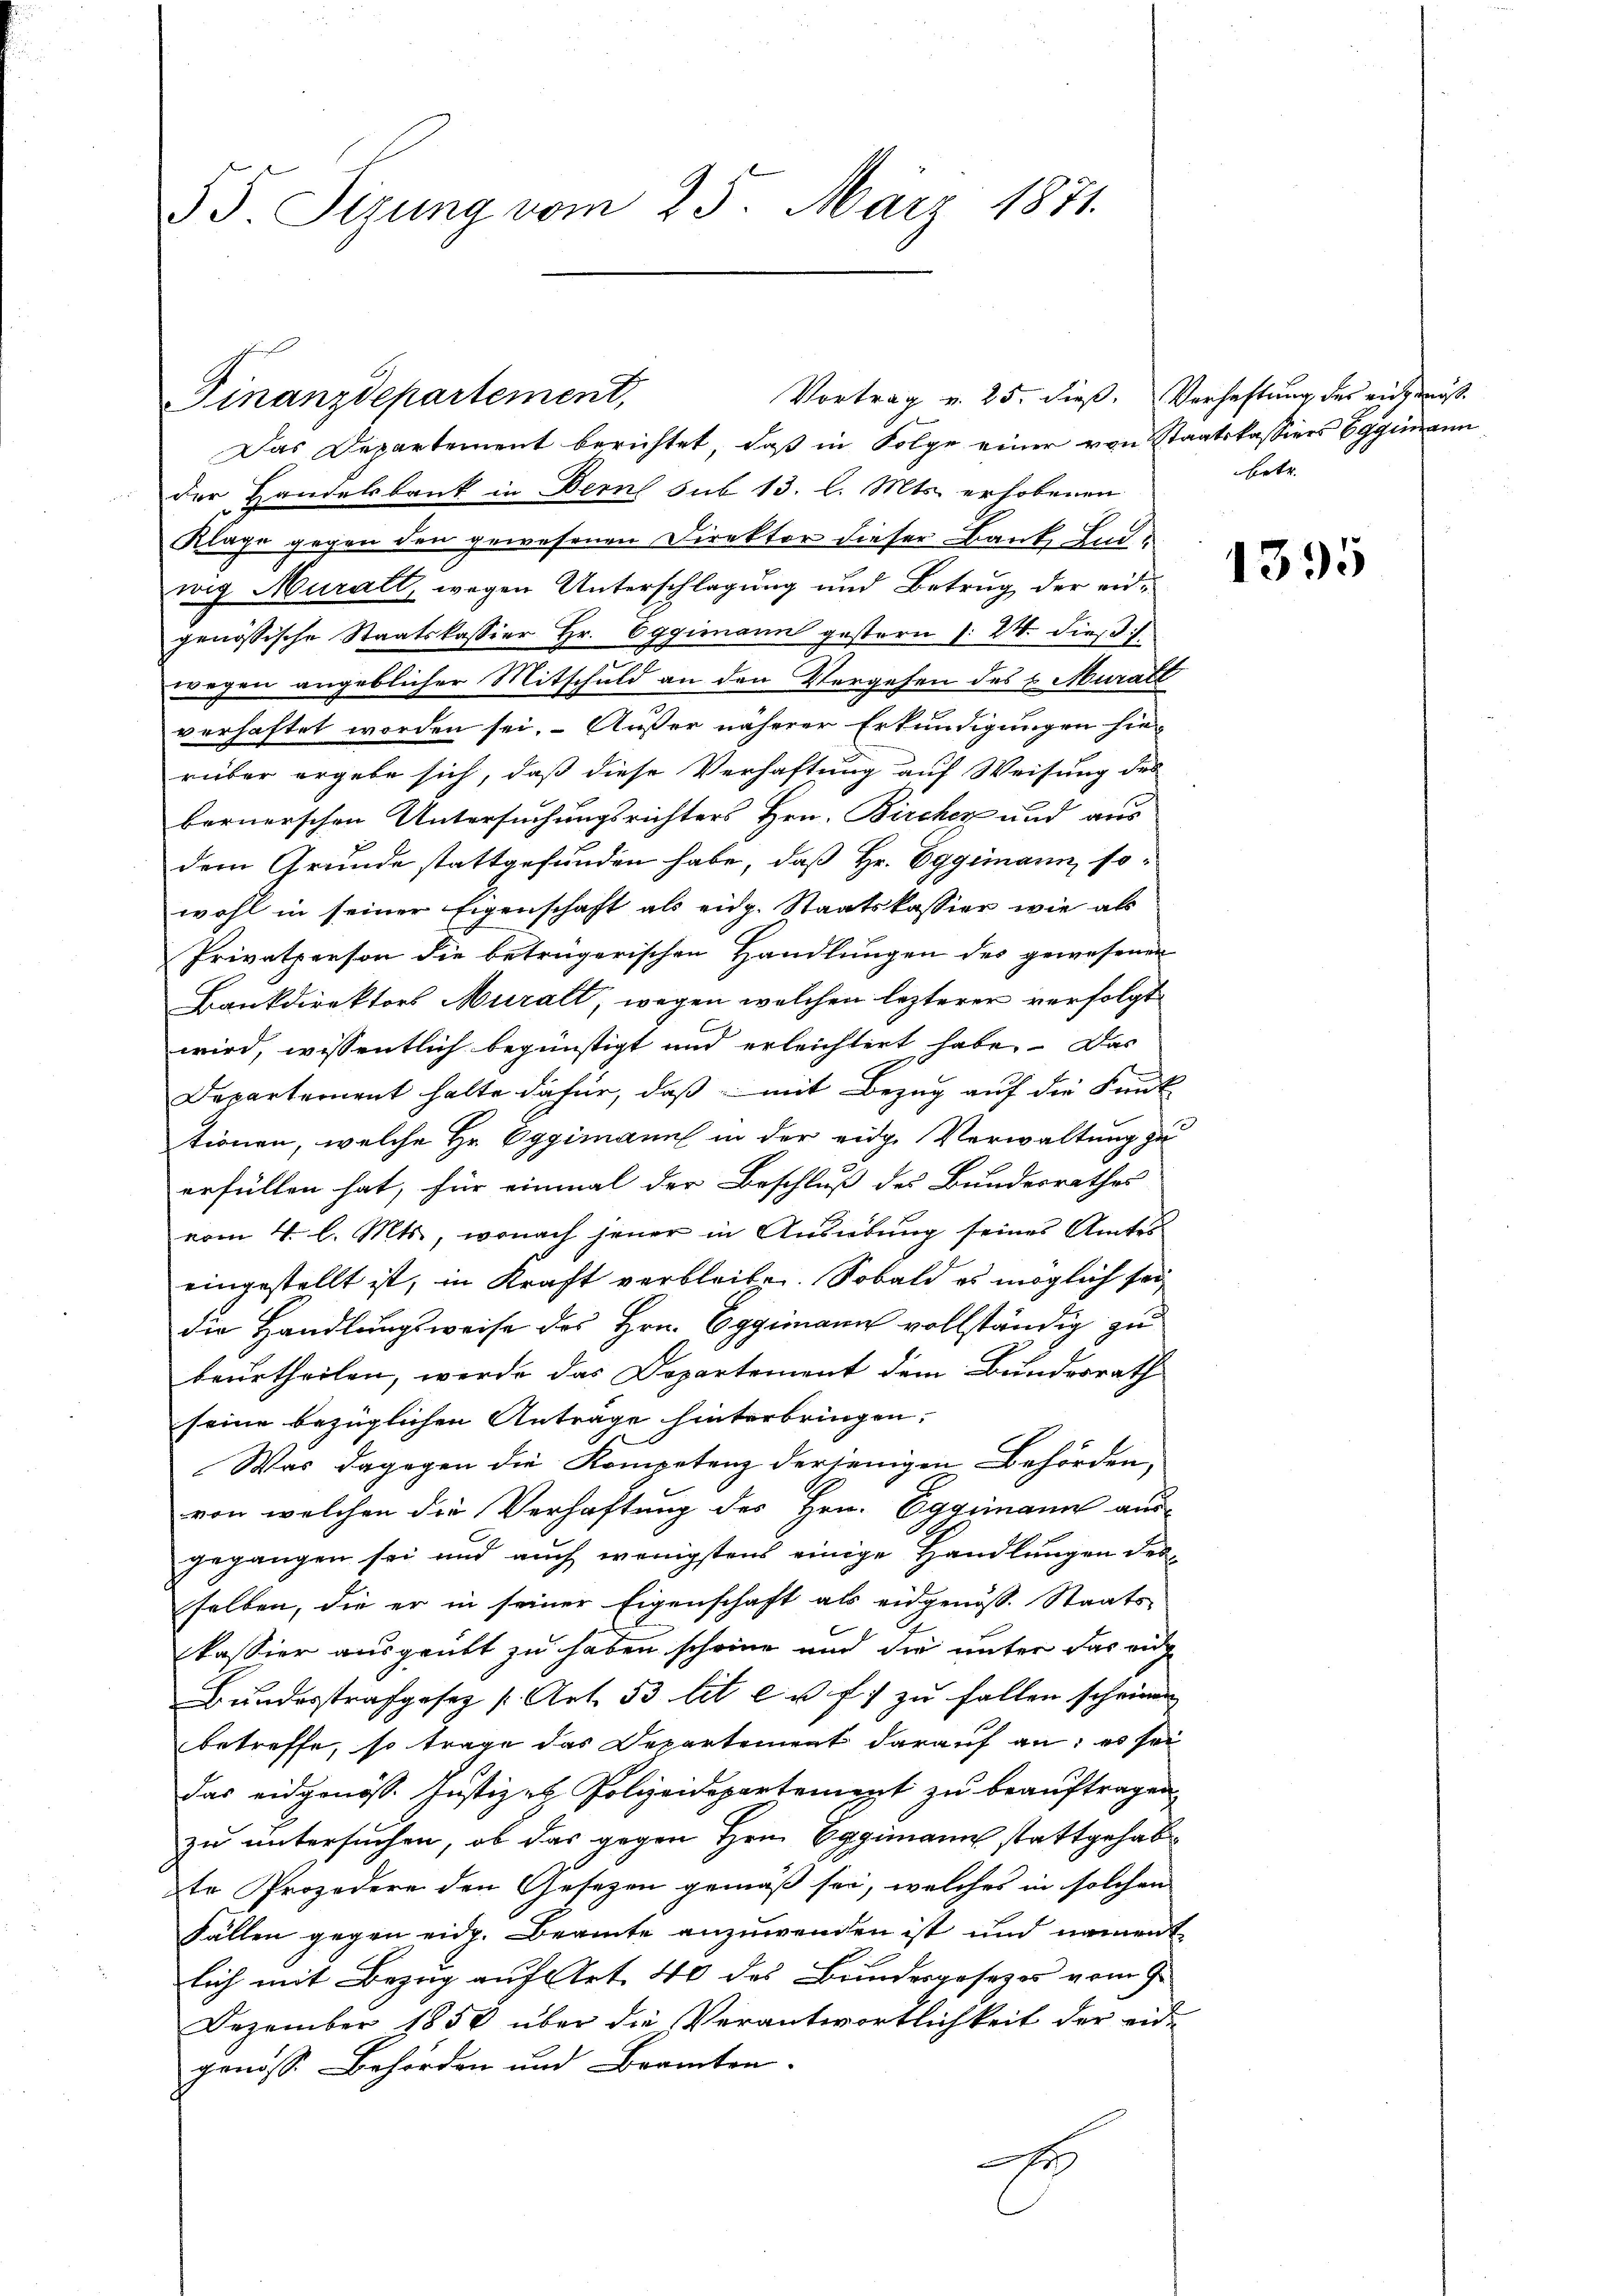
55. Sizung vom 25. März 1871.

Finanzdepartement,

Vortrag u. 25. dieß. Verhaftung des eidgenöß¬

Das Departement berichtet, daß in Folge einer von Staatskassiers Eggimann
der Handelsbank in Bern sub 13. l. Mts. erhobenen
Klage gegen den gewesenen Direktor dieser Bank, Endwig Muralt, wegen Unterschlagung und Betrug der eigenössische Staatskassier Hr. Eggimann gestern (: 24. dieß
wegen angeblicher Mitschuld an den Vergehen des u. Murall
verhaftet worden sei. Außer näherer Erkundigungen hierüber ergebe sich, daß diese Verhaftung auf Weisung des
bernerschen Untersuchungsrichters Hrn. Bircher und aus
dem Grunde stattgefunden habe, daß Hr. Eggimann so-
wohl in seiner Eigenschaft als eidg. Staatskassier wie als
Privatperson die betrügerischen Handlungen des gewesenen
Bankdirektors Muralt, wegen welchen lezterer verfolgt
wird, wissentlich begünstigt und erleichtert habe. Das
Departernent halte dafür, daß mit Bezug auf die Kant
tionen, welche Hr. Oggimann in der eidge Verwaltung zu
erfüllen hat, für einmal der Beschluß des Bundesrathes
vom 4. l. Mts., wonach jener in Ausübung seines Amtes
eingestellt ist, in Kraft verbleiben. Sobald es möglich sei
die Handlungsweise des Hrn. Eggimann vollständig zu
beurtheilen, werde das Departement dem Bundesrath
seine bezüglichen Anträge hinterbringen.
Was dagegen die Kompetenz derjenigen Behörden,
von welchen die Verhaftung des Hrn. Eggimann aus-
gegangen sei und auch wenigstens einige Handlungen des
selben, die er in seiner Eigenschaft als eidgenöss. Staats-
kassier ausgeübt zu haben scheine und die unter das eidg
Bŭndesstrafgesez s. Art. 53 lit. c u. f. zu fallen scheinen
betreffe, so trage das Departement darauf an: es sei
das eidgenöss. Justiz - Polizeidepartement zu beauftragen
zu untersuchen, ob das gegen Hrn. Eggimann stattgehab¬
Er Prozedere den Gesezen gemäß sei, welches in solchen
Fällen gegen eidg. Beamte anzuwenden ist und nament
lich mit Bezug auf Art. 40 des Bundesgesezes vom 9.
Dezember 1850 über die Verantwortlichkeit der eid-
genosse Behörden und Branten.
r

betr.

1395